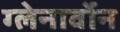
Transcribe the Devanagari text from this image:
ग्लेनार्वोन